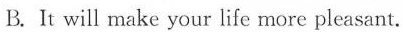
B. It will make your life more pleasant.